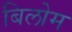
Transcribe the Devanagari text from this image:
बिलोम